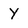
Character: y